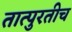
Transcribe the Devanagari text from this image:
तात्पुरतीच